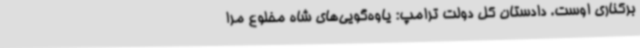
برکناری اوست. دادستان کل دولت ترامپ: یاوه‌گویی‌های شاه مخلوع مرا